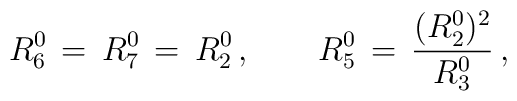
R^0_6 \, = \, R^0_7 \, = \, R^0_2 \, , \qquad R^0_5 \, = \, \frac{(R^0_2)^2}{R^0_3} \, ,